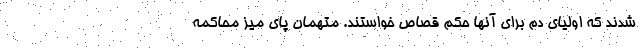
شدند که اولیای دم برای آنها حکم قصاص خواستند. متهمان پای میز محاکمه